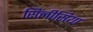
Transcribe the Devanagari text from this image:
सिलीसिया